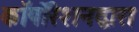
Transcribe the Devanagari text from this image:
कॉर्पोरेशनद्वारा